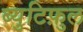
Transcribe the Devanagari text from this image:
ब्युटिफ़ुल